Scientific memoirs by medical officers of the Army of India - Part VI,
Year: 1891
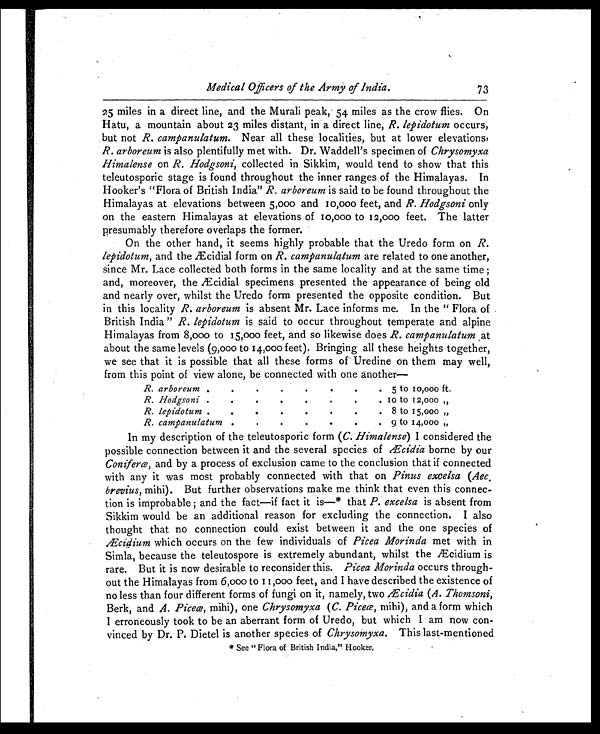
Medical Officers of the Army of India.
73
25 miles in a direct line, and the Murali peak, 54 miles as the crow flies. On
Hatu, a mountain about 23 miles distant, in a direct line, R. lepidotum occurs,
but not R. campanulatum. Near all these localities, but at lower elevations,
R. arboreum is also plentifully met with. Dr. Waddell's specimen of Chrysomyxa
Himalense on R. Hodgsoni, collected in Sikkim, would tend to show that this
teleutosporic stage is found throughout the inner ranges of the Himalayas. In
Hooker's "Flora of British India" R. arboreum is said to be found throughout the
Himalayas at elevations between 5,000 and 10,000 feet, and R. Hodgsoni only
on the eastern Himalayas at elevations of 10,000 to 12,000 feet. The latter
presumably therefore overlaps the former.
On the other hand, it seems highly probable that the Uredo form on R.
lepidotum, and the Æcidial form on R. campanulatum are related to one another,
since Mr. Lace collected both forms in the same locality and at the same time;
and, moreover, the Æcidial specimens presented the appearance of being old
and nearly over, whilst the Uredo form presented the opposite condition. But
in this locality R. arboreum is absent Mr. Lace informs me. In the "Flora of
British India" R. lepidotum is said to occur throughout temperate and alpine
Himalayas from 8,000 to 15,000 feet, and so likewise does R. campanulatum ,at
about the same levels (9,000 to 14,000 feet). Bringing all these heights together,
we see that it is possible that all these forms of Uredine on them may well,
from this point of view alone be connected with one another
R. arboreu
.
.
.
.
. .
. 5 to 10,000 ft.
R. Hodgsoni.
.
.
.
.
. .
.
1 0 to 12,000 „
R. lepidotum.
.
.
. .
. .
. 8 to 15,000 „
R. cambanulatum .
.
. .
.
.
. 0 to 14,000 ..
In my description of the teleutosporic form (C. Himalense) I considered the
possible connection between it and the several species of Æ cidia borne by our
Coniferce, and by a process of exclusion came to the conclusion that if connected
with any it was most probably connected with that on Pinus excelsa (Aec.
brevius, mihi). But further observations make me think that even this connec-
tion is improbable; and the fact—if fact it is—* that P. excelsa is absent from
Sikkim would be an additional reason for excluding the connection. I also
thought that no connection could exist between it and the one species of
Æ cidium which occurs on the few individuals of Picea Morinda met with in
Simla, because the teleutospore is extremely abundant, whilst the Æcidium is
rare. But it is now desirable to reconsider this. Picea Morinda occurs through-
out the Himalayas from 6,000 to 11,000 feet, and I have described the existence of
no less than four different forms of fungi on it, namely, two iEcidia (A. Thomsoni,
Berk, and A. Piceæ, mihi), one Chrysomyxa (C. Piceæ, mihi), and a form which
I erroneously took to be an aberrant form of Uredo, but which I am row con-
vinced by Dr. P. Dietel is another species of Chrysomyxa. This last-mentioned
* See "Flora of British India," Hooker.